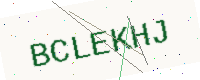
Text: BCLEKHJ